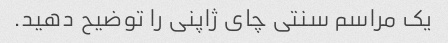
یک مراسم سنتی چای ژاپنی را توضیح دهید.